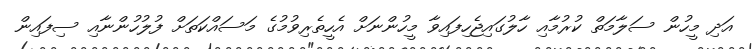
އަދި މީހުން ސަލާމަތް ކުރުމާއި ހާލުގައިޖެހިފައިވާ މީހުންނަށް އެހީތެރިވުމުގެ މަސައްކަތަށް ފުލުހުންނާއި ސިފައިން